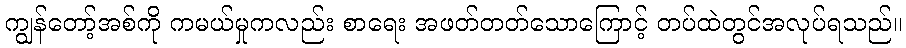
ကျွန်တော့်အစ်ကို ကမယ်မှုကလည်း စာရေး အဖတ်တတ်သောကြောင့် တပ်ထဲတွင်အလုပ်ရသည်။